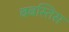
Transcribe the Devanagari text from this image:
बबस्तिस